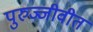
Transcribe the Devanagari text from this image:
पुरुज्जीवीत